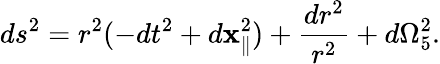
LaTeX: ds^{2}=r^{2}(-dt^{2}+d\mathbf{x}_{\parallel}^{2})+{\frac{{dr^{2}}}{{r^{2}}}}+d\Omega_{5}^{2}.